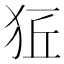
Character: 𤞈